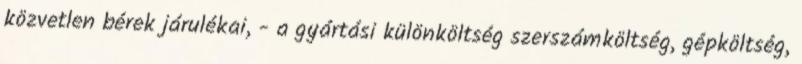
közvetlen bérek járulékai, - a gyártási különköltség szerszámköltség, gépköltség,